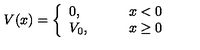
V ( x ) = \left\{ \begin{array} { l l } { 0 , } & { \qquad x < 0 } \\ { V _ { 0 } , } & { \qquad x \geq 0 } \\ \end{array} \right.